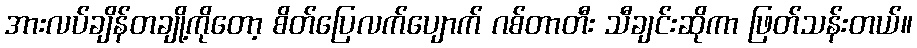
အားလပ်ချိန်တချို့ကိုတော့ စိတ်ပြေလက်ပျောက် ဂစ်တာတီး သီချင်းဆိုကာ ဖြတ်သန်းတယ်။